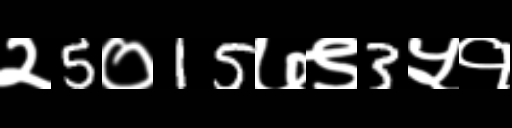
Text: २5०15७९3५१